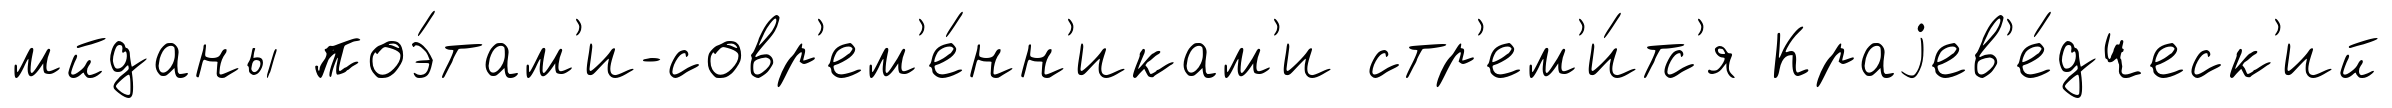
мйданы поэ́там'и-совр'ем'е́нн'икам'и стр'ем'и́тс'я Краjев'е́дческ'ий